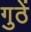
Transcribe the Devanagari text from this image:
गुठें